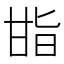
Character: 𭺬